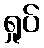
ရှုပ်